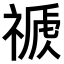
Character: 𥛕